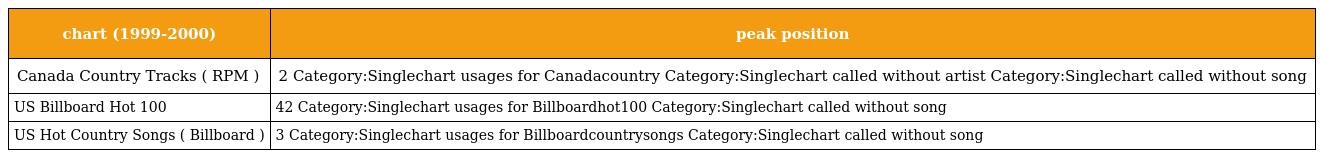
| chart (1999-2000) | peak position |
 | --- | --- |
 | Canada Country Tracks ( RPM ) | 2 Category:Singlechart usages for Canadacountry Category:Singlechart called without artist Category:Singlechart called without song |
 | US Billboard Hot 100 | 42 Category:Singlechart usages for Billboardhot100 Category:Singlechart called without song |
 | US Hot Country Songs ( Billboard ) | 3 Category:Singlechart usages for Billboardcountrysongs Category:Singlechart called without song |